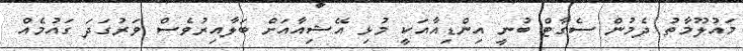
މައުލޫމާތު ދެމުން ސެގާޓް ބުނީ އިންޑިއާއަކީ މުޅި އޭޝިއާއަށް ބަލާއިރުވެސް ވަރުގަދަ ގައުމެއް